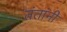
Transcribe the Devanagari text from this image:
तंतांनी